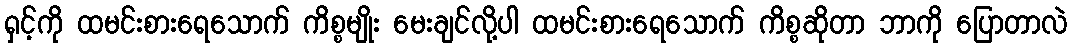
ရှင့်ကို ထမင်းစားရေသောက် ကိစ္စမျိုး မေးချင်လို့ပါ ထမင်းစားရေသောက် ကိစ္စဆိုတာ ဘာကို ပြောတာလဲ